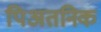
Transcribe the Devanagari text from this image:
पिअतनिक